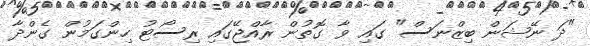
"ދަ ނޭޝަން ބިޒްނަސް" ގައި ވާ ގޮތުން ރާއްޖޭގައި ރިސޯޓު ހިންގަމުން ގެންދާ